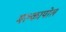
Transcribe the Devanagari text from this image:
मल्कापोल